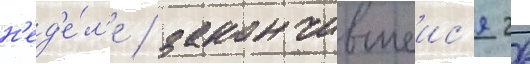
н'ед'е́л'е / закончившеис'я 26